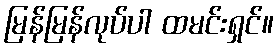
မြန်မြန်လုပ်ပါ ထမင်းရှင်။